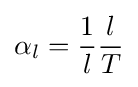
\alpha _{l}={\frac {1}{l}}{\frac {l}{T}}